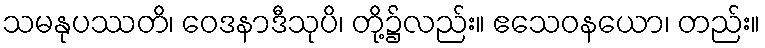
သမနုပဿတိ၊ ဝေဒနာဒီသုပိ၊ တို့၌လည်း။ ဧသေဝနယော၊ တည်း။